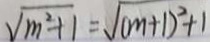
\sqrt { m ^ { 2 } + 1 } = \sqrt { ( m + 1 ) ^ { 2 } + 1 }